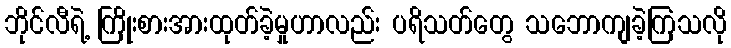
ဘိုင်လီရဲ့ ကြိုးစားအားထုတ်ခဲ့မှုဟာလည်း ပရိသတ်တွေ သဘောကျခဲ့ကြသလို